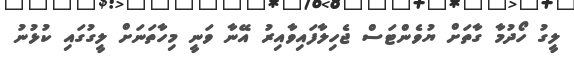
ލީގު ހޯދުމާ ގާތަށް ޔުވެންޓަސް ޖެހިލާފައިވާއިރު އޭނާ ވަނީ މިހާތަނަށް ލީގުގައި ކުޅުނު